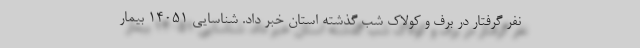
نفر گرفتار در برف و کولاک شب گذشته استان خبر داد. شناسایی ۱۴۰۵۱ بیمار